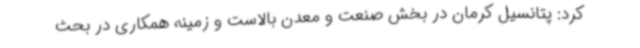
کرد: پتانسیل کرمان در بخش صنعت و معدن بالاست و زمینه همکاری در بحث